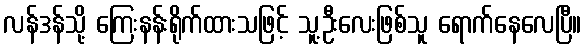
လန်ဒန်သို့ ကြေးနန်းရိုက်ထားသဖြင့် သူ့ဦးလေးဖြစ်သူ ရောက်နေလေပြီ။